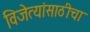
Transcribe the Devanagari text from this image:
विजेत्यांसाठीचा